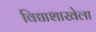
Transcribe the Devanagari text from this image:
विद्याशाखेला